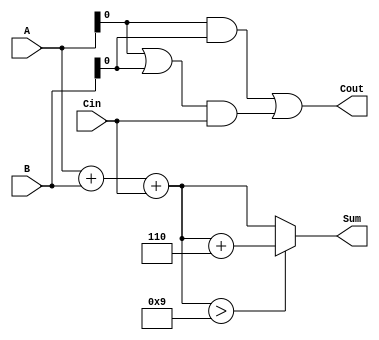
module BCD_Carry_Lookahead_Adder (
    input  [3:0] A,    // BCD digit A
    input  [3:0] B,    // BCD digit B
    input        Cin,   // Carry-in
    output [3:0] Sum,   // BCD Sum
    output       Cout    // Carry-out
);

    // Internal signals
    wire [4:0] S;      // 5-bit sum to accommodate carry
    wire P;            // Propagate signal
    wire G;            // Generate signal
    wire Correction;   // Correction needed signal

    // Initial sum calculation
    assign S = A + B + Cin;

    // Carry generation and propagation
    assign P = A | B;  // Propagate
    assign G = A & B;  // Generate

    // Carry lookahead logic
    assign Cout = G | (P & Cin);

    // BCD correction logic
    assign Correction = S[3:0] > 9; // Check if correction is needed

    // Final BCD sum calculation
    assign Sum = Correction ? (S[3:0] + 4'b0110) : S[3:0]; // Add 6 if correction is needed

endmodule